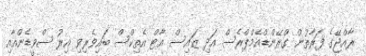
ރާއްޖޭގެ ފަރާތުން ގްރޭންޑްއެމްޕްރެސް އަދި ޒައިސް އާޓް އެތިކްސް ބައިވެރިވި އިރު ސްވީޑެންއާއި